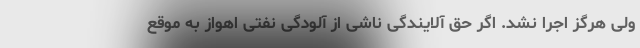
ولی هرگز اجرا نشد. اگر حق آلایندگی ناشی از آلودگی نفتی اهواز به موقع